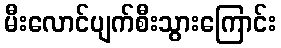
မီးလောင်ပျက်စီးသွားကြောင်း